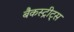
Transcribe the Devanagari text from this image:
बैकस्ट्रीट्स